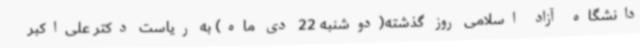
دانشگاه آزاد اسلامی روز گذشته(دوشنبه 22 دی ماه) به ریاست دکتر علی‌اکبر